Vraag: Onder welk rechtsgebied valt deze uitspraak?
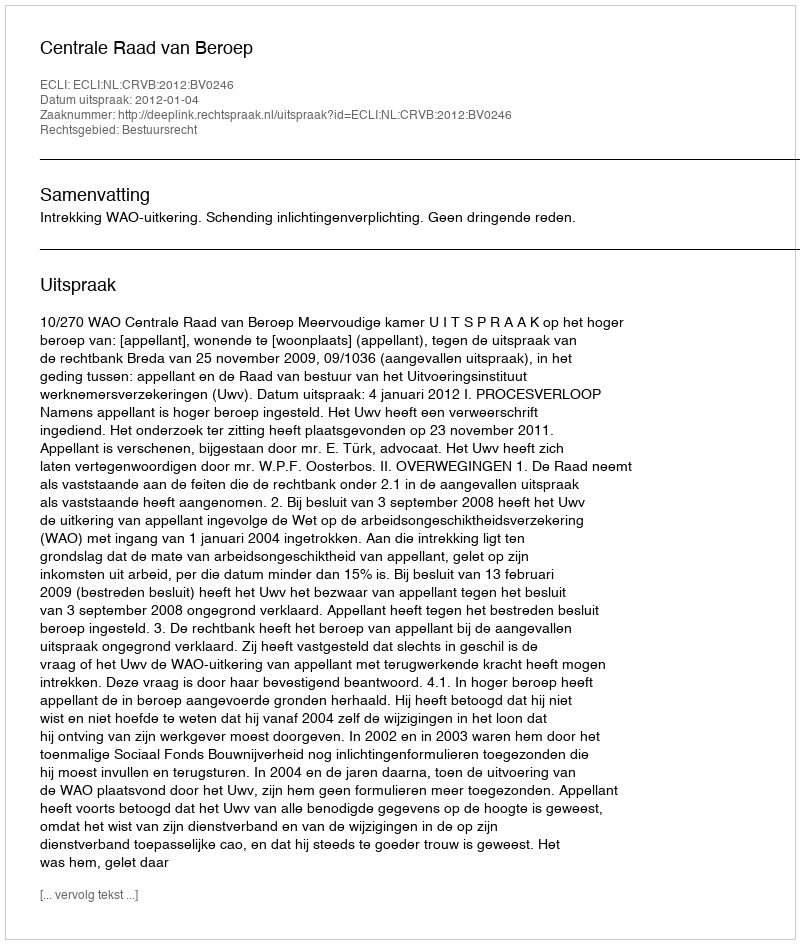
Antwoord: Bestuursrecht